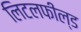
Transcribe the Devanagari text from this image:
लिटलफील्ड